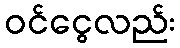
ဝင်ငွေလည်း